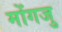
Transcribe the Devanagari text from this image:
मोंगजु